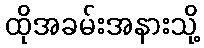
ထိုအခမ်းအနားသို့